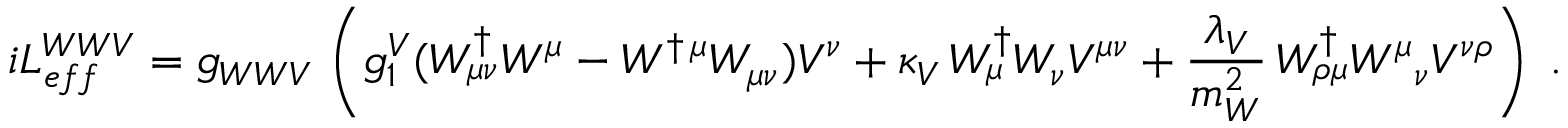
i { \cal L } _ { e f f } ^ { W W V } = g _ { W W V } \, \left( g _ { 1 } ^ { V } ( W _ { \mu \nu } ^ { \dagger } W ^ { \mu } - W ^ { \dagger \, \mu } W _ { \mu \nu } ) V ^ { \nu } + \kappa _ { V } \, W _ { \mu } ^ { \dagger } W _ { \nu } V ^ { \mu \nu } + { \frac { \lambda _ { V } } { m _ { W } ^ { 2 } } } \, W _ { \rho \mu } ^ { \dagger } { W ^ { \mu } } _ { \nu } V ^ { \nu \rho } \right) \; .